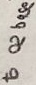
Text: to 02 base